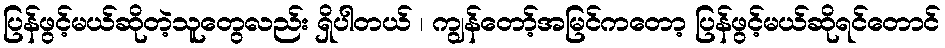
ပြန်ဖွင့်မယ်ဆိုတဲ့သူတွေလည်း ရှိပါတယ် ၊ ကျွန်တော့်အမြင်ကတော့ ပြန်ဖွင့်မယ်ဆိုရင်တောင်